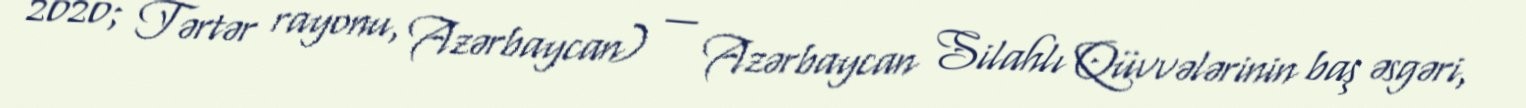
2020; Tərtər rayonu, Azərbaycan) — Azərbaycan Silahlı Qüvvələrinin baş əsgəri,